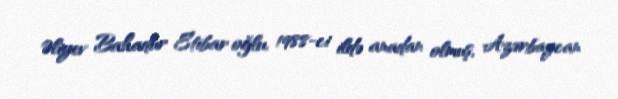
Əliyev Bahadur Etibar oğlu, 1988-ci ildə anadan olmuş, Azərbaycan